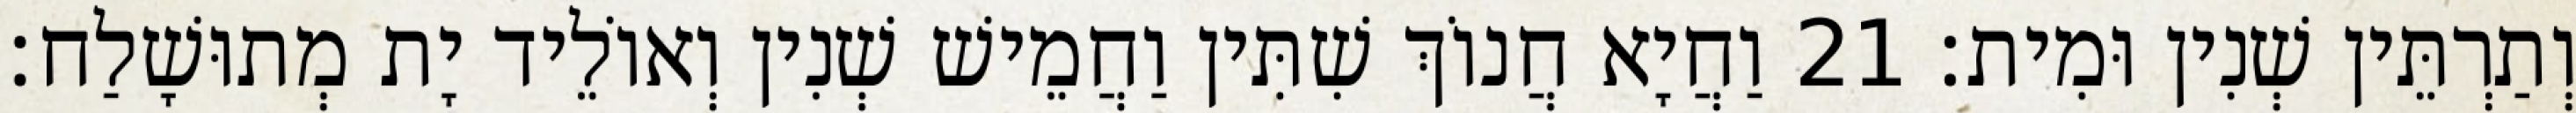
וְתַרְתֵּין שְׁנִין וּמִית׃ 21 וַחֲיָא חֲנוֹךְ שִׁתִּין וַחֲמֵישׁ שְׁנִין וְאוֹלֵיד יָת מְתוּשָׁלַח׃